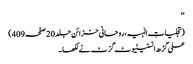
‘‘
(تجلیاتِ الٰہیہ، روحانی خزائن جلد20 صفحہ409)
علی گڑھ انسٹیٹیوٹ گزٹ نے لکھا۔